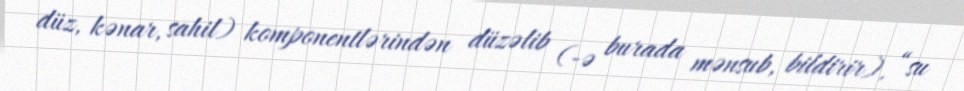
düz, kənar, sahil) komponentlərindən düzəlib (-ə burada mənsub, bildirir), “su